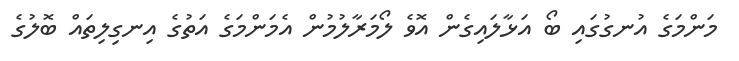
މަންމަގެ އުނގުގައި ބޯ އަޅާލައިގެން އޮވެ ލޯމަރާލުމުން އެމަންމަގެ އަތުގެ އިނގިލިތައް ބޮލުގެ